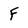
Character: F